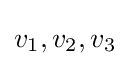
v_{1},v_{2},v_{3}